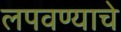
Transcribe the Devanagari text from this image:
लपवण्याचे